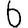
Digit: 6